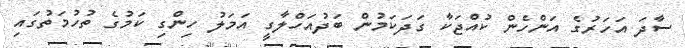
ސާދަ އަހަރުގެ އަންހެން ކުއްޖަކާ ގަދަކަމުން ބަދުއަހްލާގީ އަމަލު ހިންގި ކަމުގެ ތުހުމަތުގައި